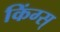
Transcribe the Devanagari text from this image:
किंग्स्